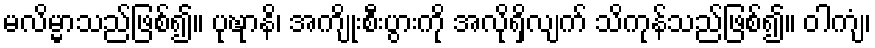
မလိမ္မာသည်ဖြစ်၍။ ပုဎ္ဍာနိ၊ အကျိုးစီးပွားကို အလိုရှိလျက် သိကုန်သည်ဖြစ်၍။ ဝါကျံ၊